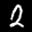
Label: 2